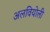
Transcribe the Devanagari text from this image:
अलवियोली